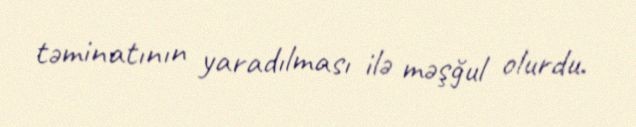
təminatının yaradılması ilə məşğul olurdu.